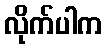
လိုက်ပါက